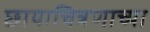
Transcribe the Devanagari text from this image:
छायाचित्रणाच्या